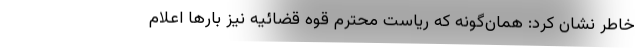
خاطر نشان کرد: همان‌گونه که ریاست محترم قوه قضائیه نیز بارها اعلام